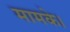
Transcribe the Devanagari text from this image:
मामके।